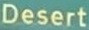
Desert